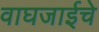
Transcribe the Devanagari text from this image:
वाघजाईचे